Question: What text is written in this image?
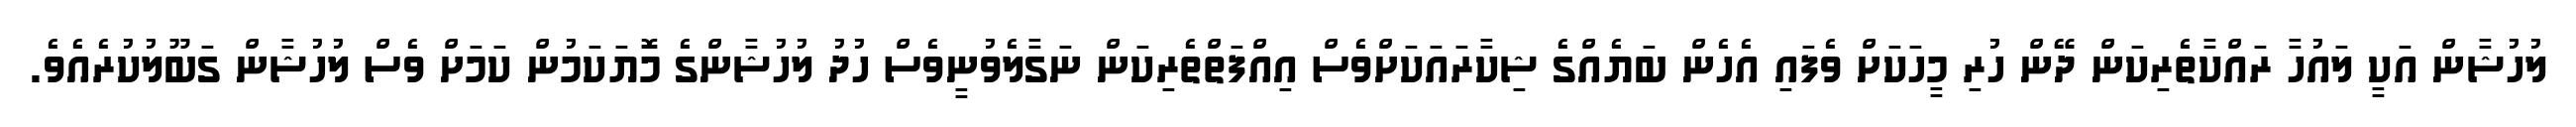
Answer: ލުހުޝާން އަކީ ލައުހާ ރައްކާތެރިކަން ދޭން ހުރި މީހަކަށް ވެފައި އެހެން ބަޔެއްގެ ޝިކާރައަކަށްވެސް އިއްފަތްތެރިކަން ނަގާލެވުނީވެސް ހުދު ލުހުޝާންގެ މޮޔަކަމުން ކަމަށް ވެސް ލުހުޝާން ގަބޫލުކުރެއެވެ.